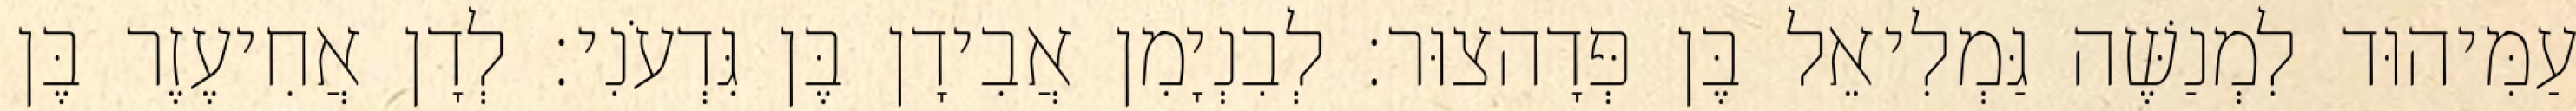
עַמִּיהוּד לִמְנַשֶּׁה גַּמְלִיאֵל בֶּן פְּדָהצוּר׃ לְבִנְיָמִן אֲבִידָן בֶּן גִּדְעֹנִי׃ לְדָן אֲחִיעֶזֶר בֶּן